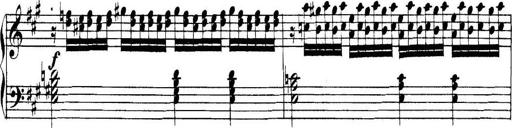
Title: Collected Piano Sonatas
Composer: Muzio Clementi